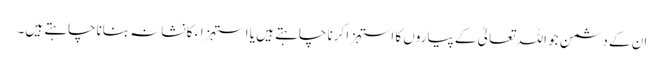
ان کے دشمن جو اللہ تعالیٰ کے پیاروں کا استہزا کرنا چاہتے ہیں یا استہزاء کا نشانہ بناناچاہتے ہیں۔